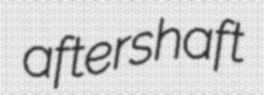
aftershaft